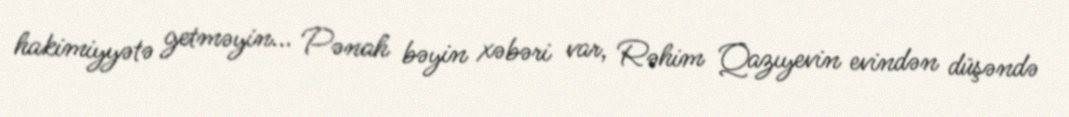
hakimiyyətə getməyin... Pənah bəyin xəbəri var, Rəhim Qazıyevin evindən düşəndə